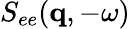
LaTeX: S_{ee}(\mathbf{q},-\omega)